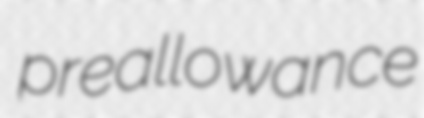
preallowance